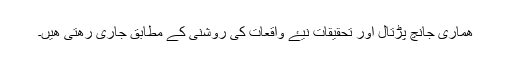
ھماری جانچ پڑتال اور تحقيقات نيۓ واقعات کی روشنی کے مطابق جاری رھتی ھيں۔